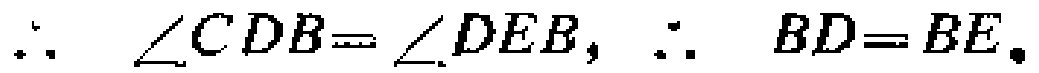
\(\therefore \angle CDB=\angle DEB, \therefore BD = BE.\)